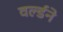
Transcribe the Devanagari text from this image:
वर्ल्डने